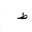
Letter: _da